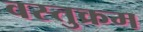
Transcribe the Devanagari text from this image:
वस्तुक्रम